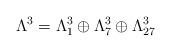
LaTeX: \begin{align*} \Lambda^3= \Lambda^3_1\oplus\Lambda^3_7\oplus\Lambda^3_{27}\end{align*}